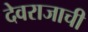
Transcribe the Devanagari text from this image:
देवराजाची